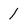
Character: 1